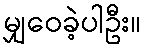
မျှဝေခဲ့ပါဦး။